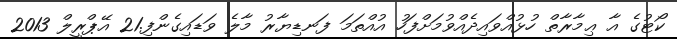
ކޯޓުގެ އާ ޢިމާރާތް ހުޅުއްވައިދެއްވުމަށްފަހު އުއްތަމަ ފަނޑިޔާރު މާލެ ވަޑައިގެންފި.21 އޭޕްރީލް 2013